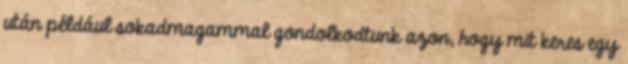
után például sokadmagammal gondolkodtunk azon, hogy mit keres egy